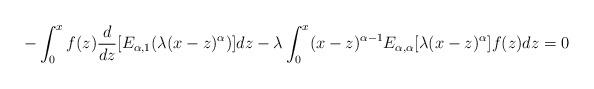
LaTeX: \begin{align*}-\int_0^xf(z)\frac{d}{dz}[E_{\alpha, 1} (\lambda (x-z)^{\alpha})]dz - \lambda\int_0^x (x-z)^{\alpha-1}E_{\alpha, \alpha}[\lambda(x-z)^{\alpha}]f(z)dz = 0\end{align*}